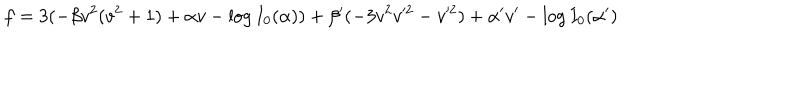
f = 3 ( - \beta v ^ { 2 } ( v ^ { 2 } + 1 ) + \alpha v - \log I _ { 0 } ( \alpha ) ) + \beta ^ { \prime } ( - 3 v ^ { 2 } v ^ { 2 } - v ^ { 2 } ) + \alpha ^ { \prime } v ^ { \prime } - \log I _ { 0 } ( \alpha ^ { \prime } )